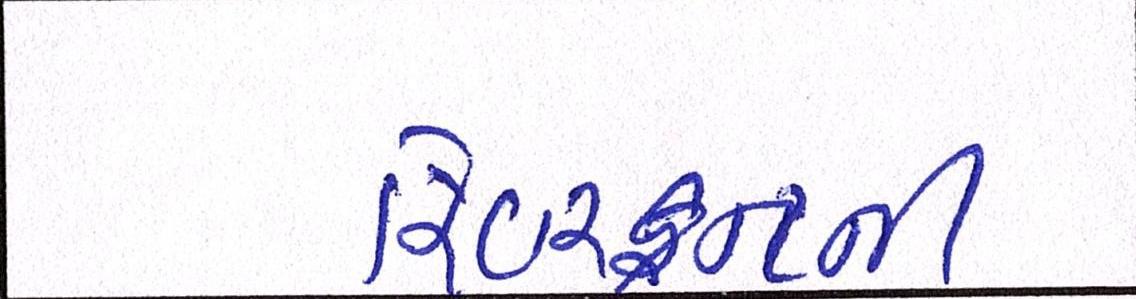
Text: રિવરફ્રન્ટની